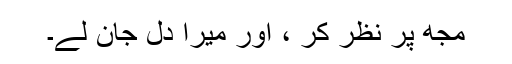
مجھ پر نظر کر ، اور میرا دِل جان لے۔